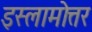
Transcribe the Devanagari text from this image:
इस्लामोत्तर